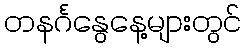
တနင်္ဂနွေနေ့များတွင်